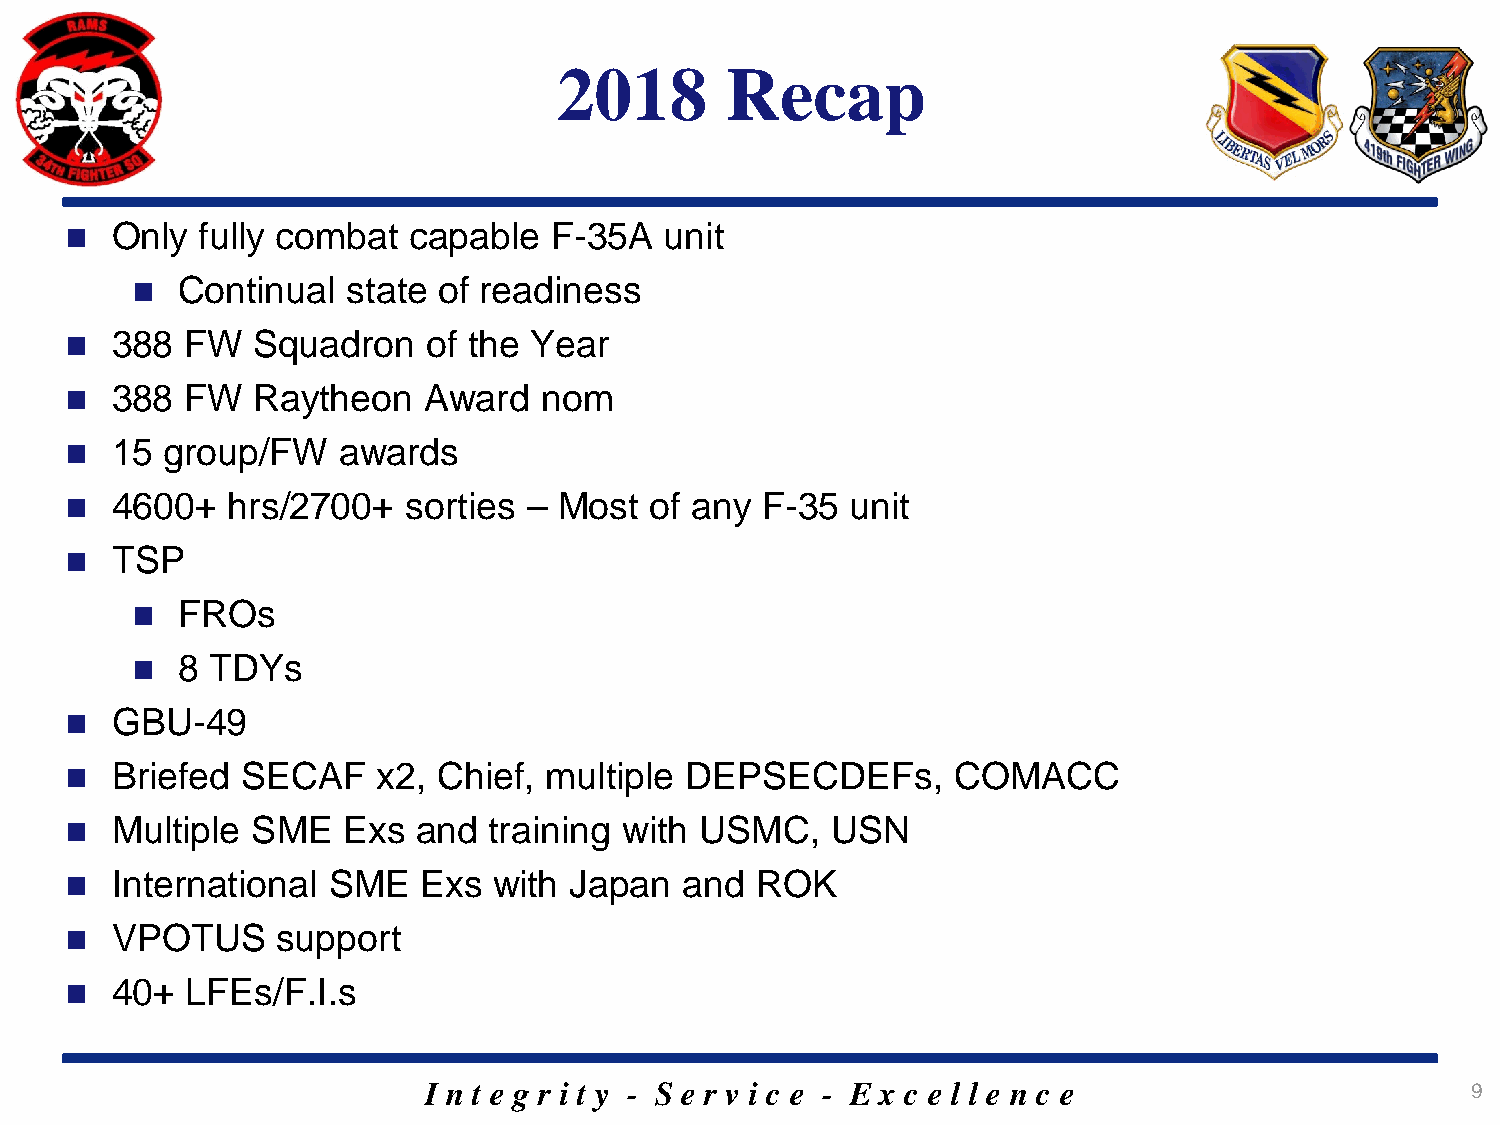
2018       Recap
   Only  fully combat  capable   F-35A  unit
   Continual  state of readiness
   388  FW   Squadron   of the Year
   388  FW   Raytheon   Award   nom
   15  group/FW   awards
   4600+   hrs/2700+   sorties – Most  of any F-35  unit
   TSP
   FROs
   8 TDYs
   GBU-49
   Briefed  SECAF    x2, Chief, multiple DEPSECDEFs,       COMACC
   Multiple  SME   Exs  and training with USMC,    USN
   International  SME   Exs  with Japan  and  ROK
   VPOTUS     support
   40+  LFEs/F.I.s
 I n t e g r i t y - S e r v i c e - E x c e l l e n c e              9